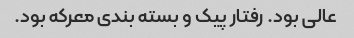
عالی بود. رفتار پیک و بسته بندی معرکه بود.